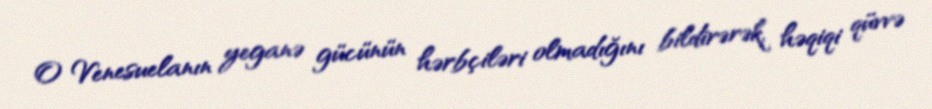
O Venesuelanın yeganə gücünün hərbçiləri olmadığını bildirərək, həqiqi qüvvə